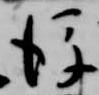
後